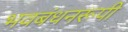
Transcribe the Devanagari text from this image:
भवबंधनरूपी